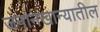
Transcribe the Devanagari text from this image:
जनानखान्यातील